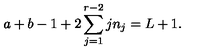
a + b - 1 + 2 \sum _ { j = 1 } ^ { r - 2 } j n _ { j } = L + 1 .